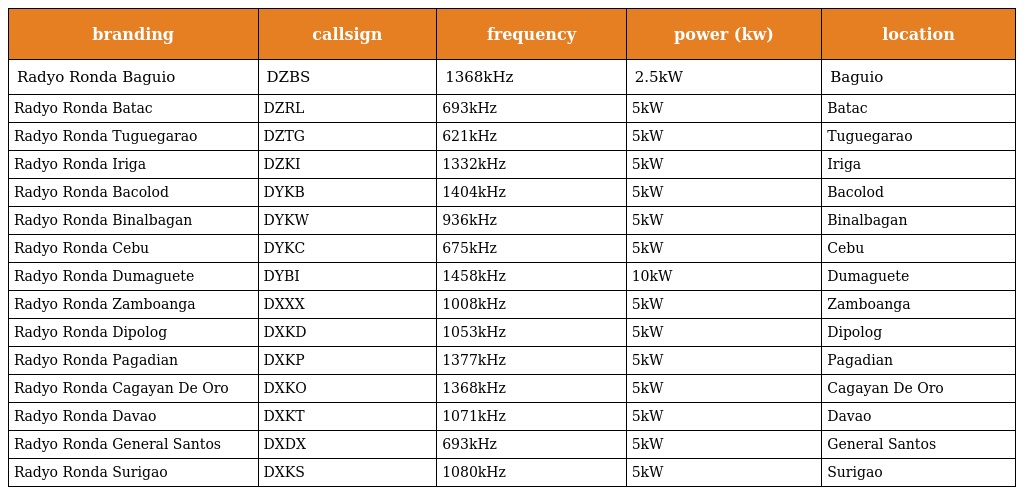
| branding | callsign | frequency | power (kw) | location |
 | --- | --- | --- | --- | --- |
 | Radyo Ronda Baguio | DZBS | 1368kHz | 2.5kW | Baguio |
 | Radyo Ronda Batac | DZRL | 693kHz | 5kW | Batac |
 | Radyo Ronda Tuguegarao | DZTG | 621kHz | 5kW | Tuguegarao |
 | Radyo Ronda Iriga | DZKI | 1332kHz | 5kW | Iriga |
 | Radyo Ronda Bacolod | DYKB | 1404kHz | 5kW | Bacolod |
 | Radyo Ronda Binalbagan | DYKW | 936kHz | 5kW | Binalbagan |
 | Radyo Ronda Cebu | DYKC | 675kHz | 5kW | Cebu |
 | Radyo Ronda Dumaguete | DYBI | 1458kHz | 10kW | Dumaguete |
 | Radyo Ronda Zamboanga | DXXX | 1008kHz | 5kW | Zamboanga |
 | Radyo Ronda Dipolog | DXKD | 1053kHz | 5kW | Dipolog |
 | Radyo Ronda Pagadian | DXKP | 1377kHz | 5kW | Pagadian |
 | Radyo Ronda Cagayan De Oro | DXKO | 1368kHz | 5kW | Cagayan De Oro |
 | Radyo Ronda Davao | DXKT | 1071kHz | 5kW | Davao |
 | Radyo Ronda General Santos | DXDX | 693kHz | 5kW | General Santos |
 | Radyo Ronda Surigao | DXKS | 1080kHz | 5kW | Surigao |